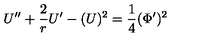
U ^ { \prime \prime } + \frac { 2 } { r } U ^ { \prime } - ( U ) ^ { 2 } = { \frac { 1 } { 4 } } ( \Phi ^ { \prime } ) ^ { 2 }